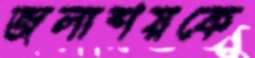
জলাশয়কে